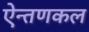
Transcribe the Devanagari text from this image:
ऐन्तणकल